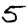
Digit: 5